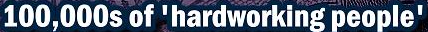
100,000s of 'hardworking people'